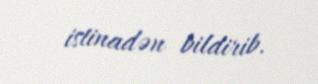
istinadən bildirib.